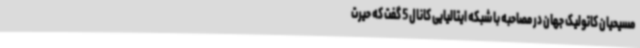
مسیحیان کاتولیک جهان در مصاحبه با شبکه ایتالیایی کانال 5 گفت که حیرت